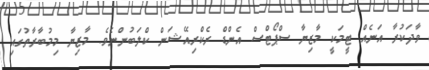
ވާދަކުރާ އަނެއް ޓީމަކީ މާޒިޔާ ސްޕޯޓްސް އެންޑް ރެކްރިއޭޝަން ކްލަބުންނެވެ. މާޒިޔާ މިމުބާރާތުގައި